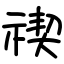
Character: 禊